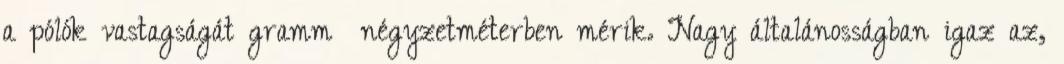
a pólók vastagságát gramm négyzetméterben mérik. Nagy általánosságban igaz az,